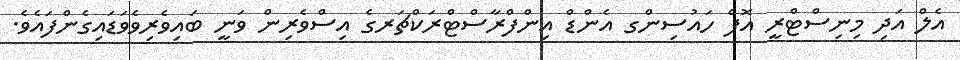
އެލް އަދި މިނިސްޓްރީ އޮފް ހައުސިންގ އެންޑް އިންފްރާސްޓްރަކްޗަރގެ އިސްވެރިން ވަނީ ބައިވެރިވެވަޑައިގެންފައެވެ.